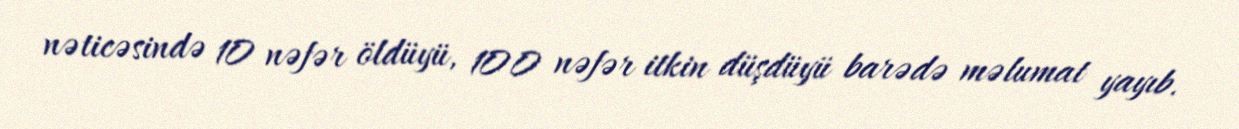
nəticəsində 10 nəfər öldüyü, 100 nəfər itkin düşdüyü barədə məlumat yayıb.